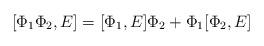
LaTeX: \begin{align*}[\Phi_1 \Phi_2 , E ] = [\Phi_1 , E] \Phi_2 + \Phi_1 [\Phi_2 , E]\end{align*}